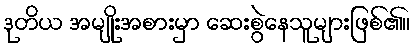
ဒုတိယ အမျိုးအစားမှာ ဆေးစွဲနေသူများဖြစ်၏။